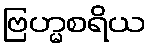
ဗြဟ္မစရိယ